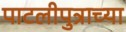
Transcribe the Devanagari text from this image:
पाटलीपुत्राच्या